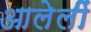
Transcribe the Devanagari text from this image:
आलेलीं